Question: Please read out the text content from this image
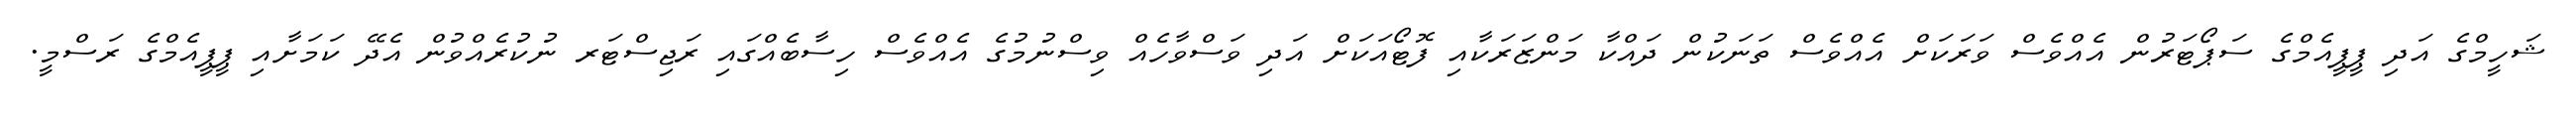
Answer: ޝަހީމްގެ އަދި ޕީޕީއެމްގެ ސަޕޯޓަރުން އެއްވެސް ވަރަކަށް އެއްވެސް ތަނަކުން ދައްކާ މަންޒަރަކާއި ފޮޓޯއަކަށް އަދި ވަސްވާހެއް ވިސްނުމުގެ އެއްވެސް ހިސާބެއްގައި ރަޖިސްޓަރ ނުކުރެއްވުން އެދޭ ކަމަށާއި ޕީޕީއެމްގެ ރަސްމީ.